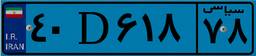
۳۵D۰۲۹۷۲